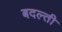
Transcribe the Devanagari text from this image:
बदल्ती